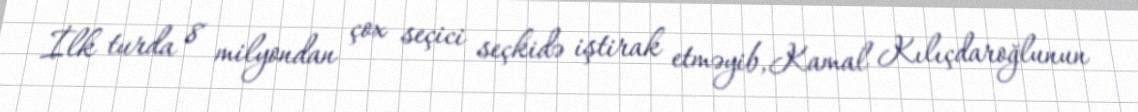
İlk turda 8 milyondan çox seçici seçkidə iştirak etməyib, Kamal Kılıçdaroğlunun